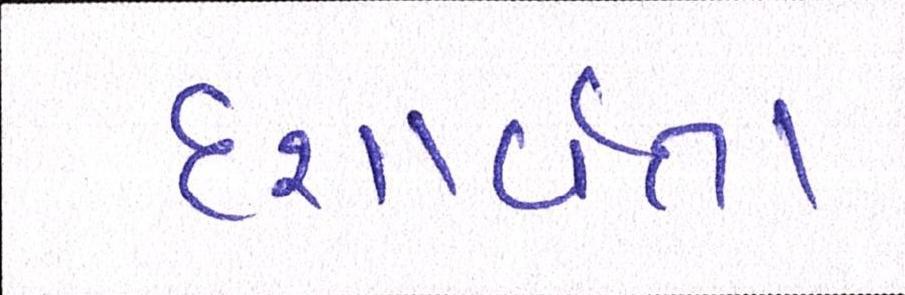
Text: દશાર્વતા